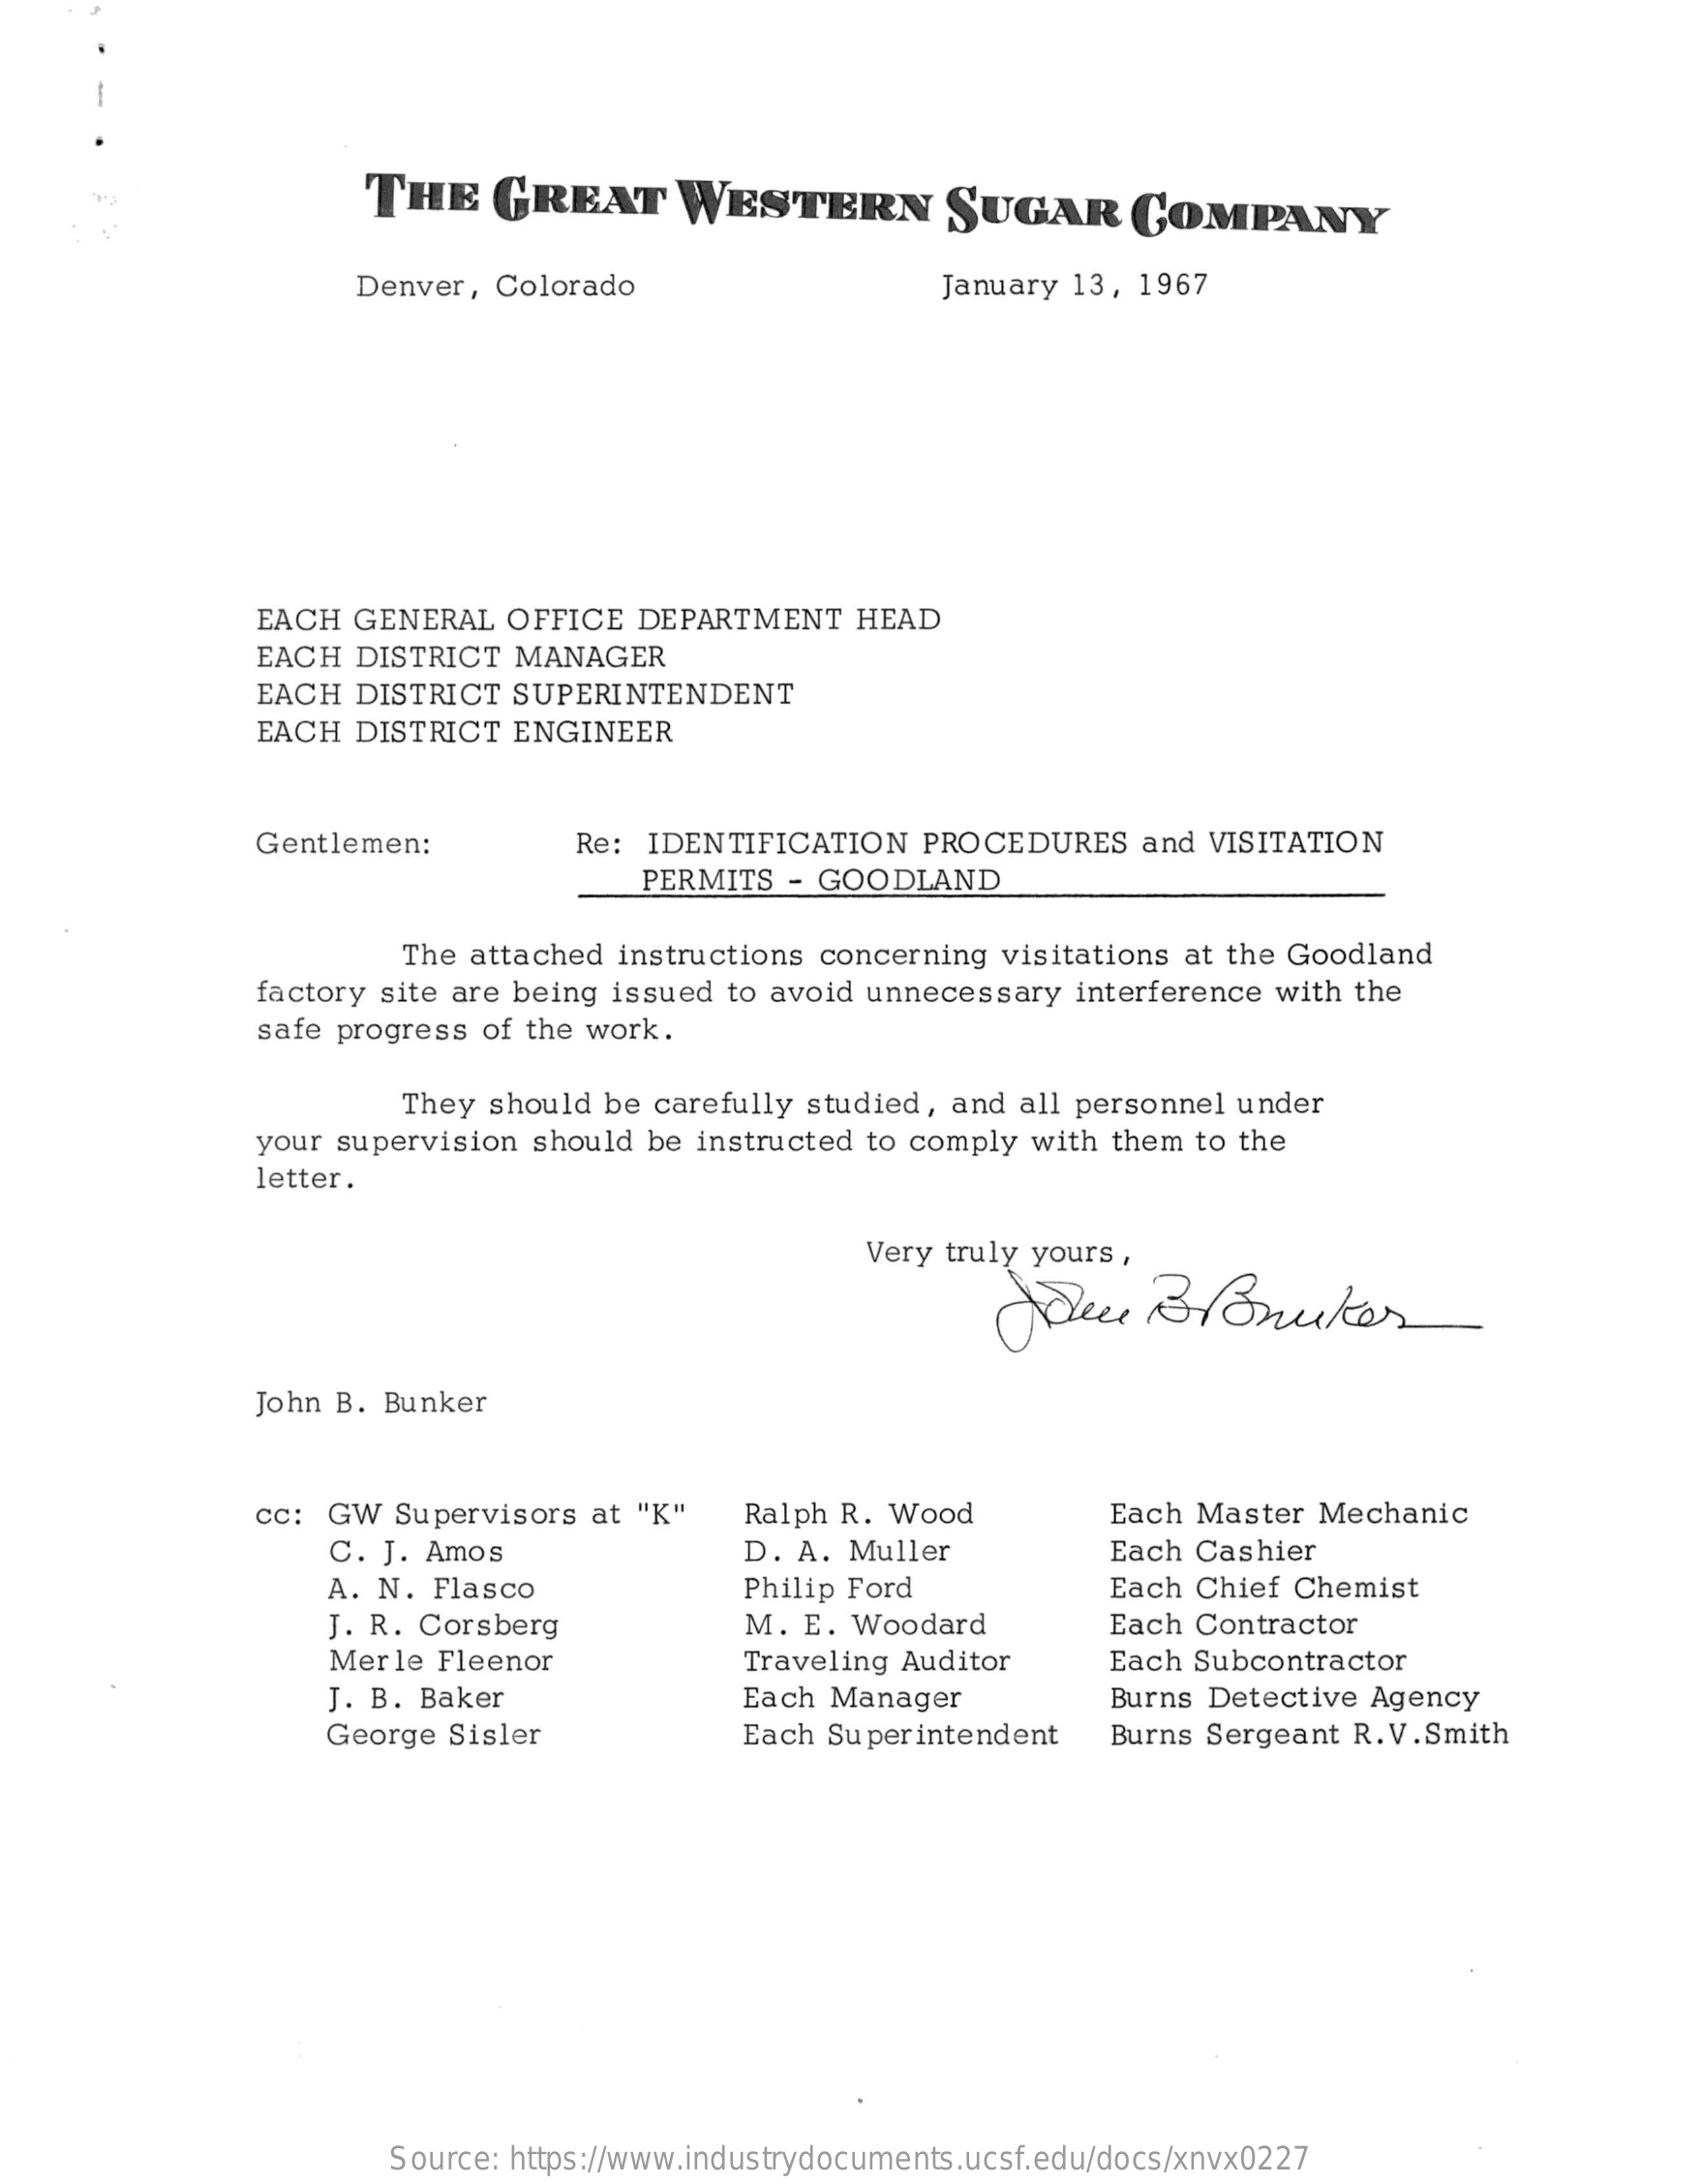
THE    GREAT    WESTERN    SUGAR    COMPANY
     Denver, Colorado    January 13, 1967
     EACH  GENERAL OFFICE DEPARTMENT  HEAD
     EACH DISTRICT MANAGER
     EACH  DISTRICT SUPERINTENDENT
     EACH  DISTRICT ENGINEER
     Gentlemen:    Re: IDENTIFICATION PROCEDURES and VISITATION
     PERMITS - GOODLAND
     The attached instructions concerning visitations at the Goodland
     factory site are being issued to avoid unnecessary interference with the
     safe progress of the work.
     They should be carefully studied, and all personnel under
     your supervision should be instructed to comply with them to the
     letter.
     Very truly yours,
     Hele    B  Bruker
     John B. Bunker
     cc: GW  Supervisors at "K" Ralph R. Wood    Each Master Mechanic
     C. J. Amos    D. A. Muller    Each Cashier
     A. N. Flasco    Philip Ford    Each Chief Chemist
     J. R. Corsberg    M. E. Woodard    Each Contractor
     Merle Fleenor    Traveling Auditor   Each Subcontractor
     J. B. Baker    Each Manager    Burns Detective Agency
     George Sisler    Each Superintendent Burns Sergeant R. V. Smith